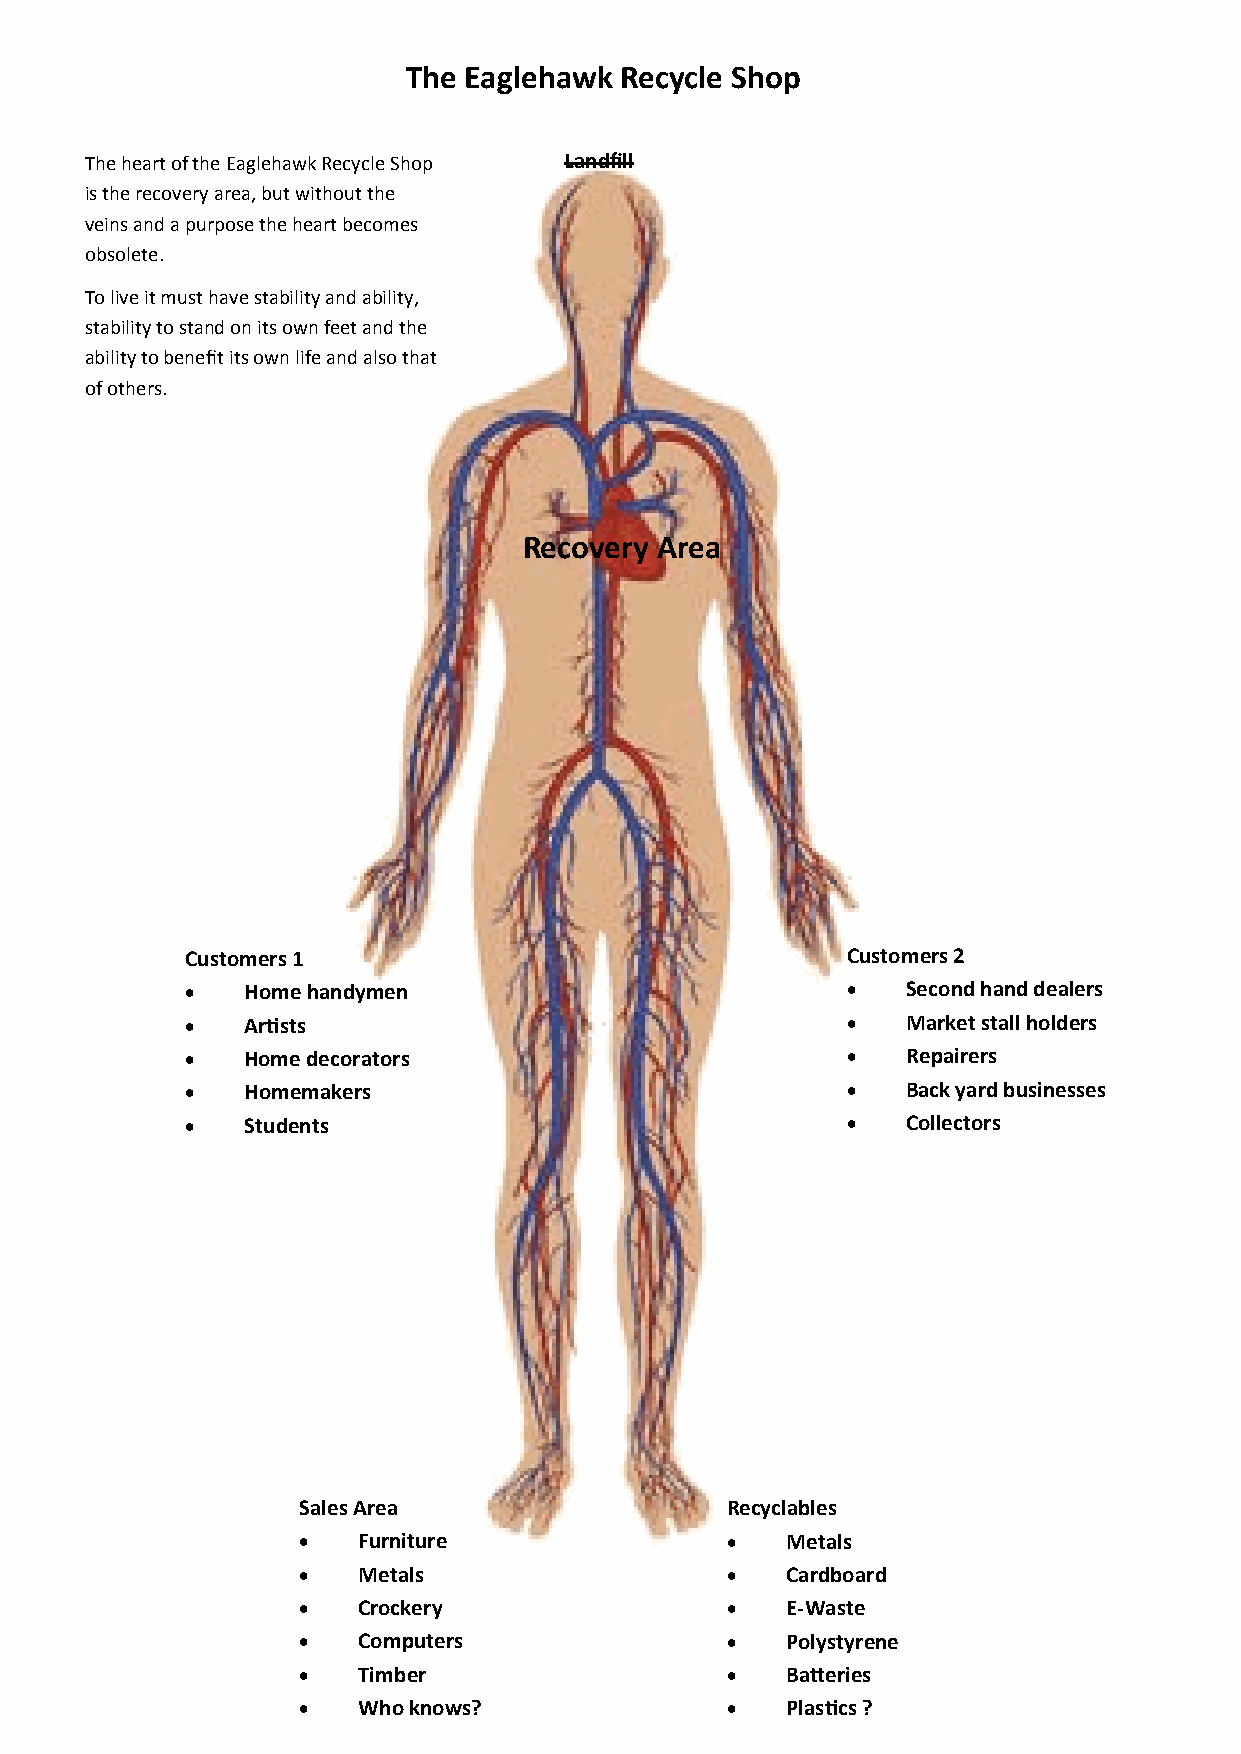
The Eaglehawk Recycle Shop
 The heart of the Eaglehawk Recycle Shop Landfill
 is the recovery area, but without the
 veins and a purpose the heart becomes
 obsolete.
 To live it must have stability and ability,
 stability to stand on its own feet and the
 ability to benefit its own life and also that
 of others.
 Recovery Area
 Customers 1                                 Customers 2
    Home handymen                              Second hand dealers
    Artists                                    Market stall holders
    Home decorators                            Repairers
    Homemakers                                 Back yard businesses
    Students                                   Collectors
 Sales Area                  Recyclables
    Furniture                  Metals
    Metals                     Cardboard
    Crockery                   E-Waste
    Computers                  Polystyrene
    Timber                     Batteries
    Who knows?                 Plastics ?